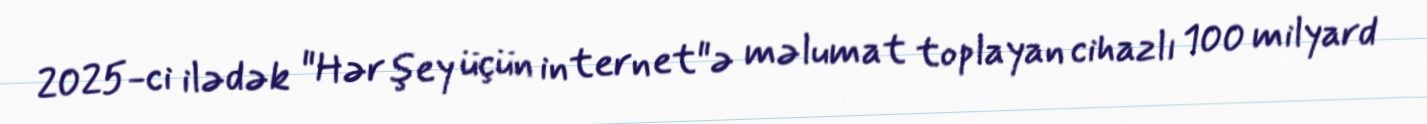
2025-ci ilədək "Hər şey üçün internet"ə məlumat toplayan cihazlı 100 milyard